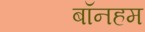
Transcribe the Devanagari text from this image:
बॉनहम